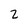
Character: 2